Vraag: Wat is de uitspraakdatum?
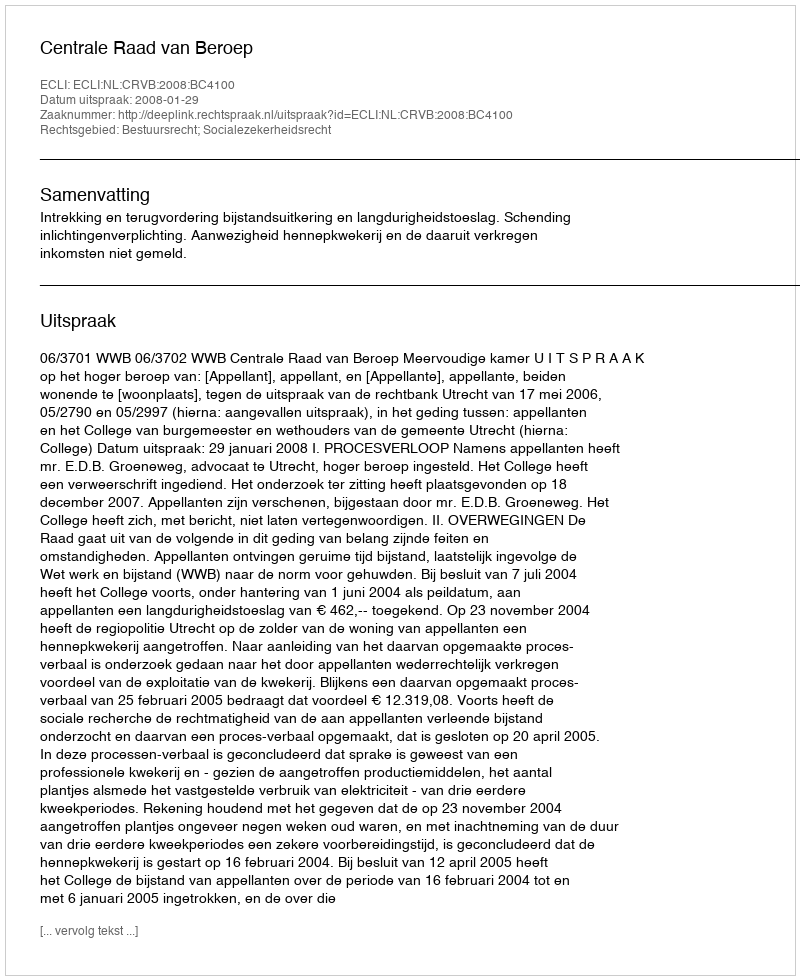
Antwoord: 2008-01-29